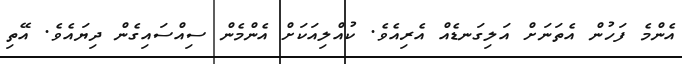
އެންމެ ފަހުން އެތަނަށް އަލިގަނޑެއް އެރިއެވެ. ކުއްލިއަކަށް އެންމެން ސިއްސައިގެން ދިޔައެވެ. އޭތި